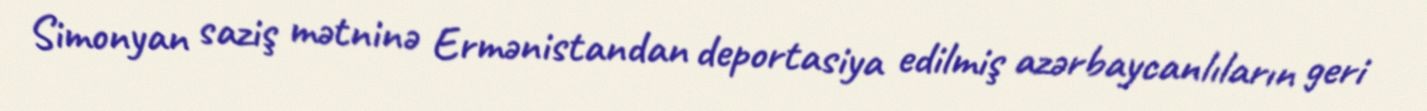
Simonyan saziş mətninə Ermənistandan deportasiya edilmiş azərbaycanlıların geri